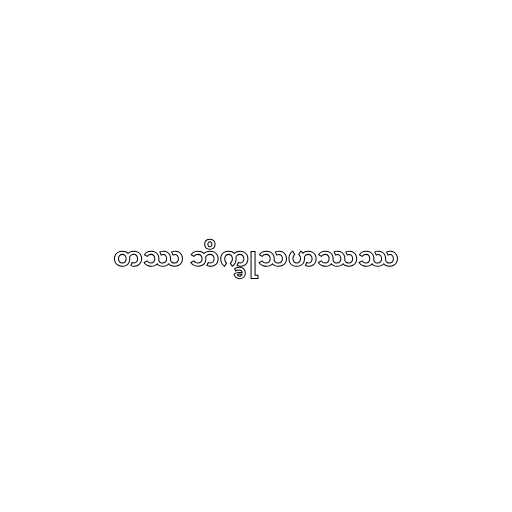
တဿ ဘိက္ခုသဟဿဿ